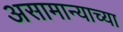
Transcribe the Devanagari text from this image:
असामान्याच्या